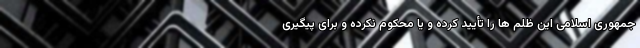
جمهوری اسلامی این ظلم ها را تأیید کرده و یا محکوم نکرده و برای پیگیری